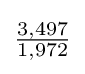
{\tfrac {3,497}{1,972}}